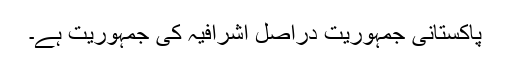
پاکستانی جمہوریت دراصل اشرافیہ کی جمہوریت ہے۔